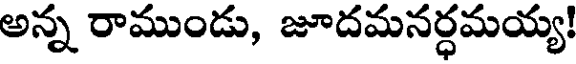
అన్న రాముండు, జూదమనర్ధమయ్య!